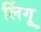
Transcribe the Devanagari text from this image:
लिंगू